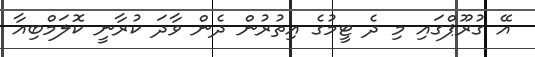
އޭ ގުރޫޕްގައި މި ދެ ޓީމުގެ އިތުރުން ދެން ވާދަ ކުރާނީ ކޮލަމްބިއާ